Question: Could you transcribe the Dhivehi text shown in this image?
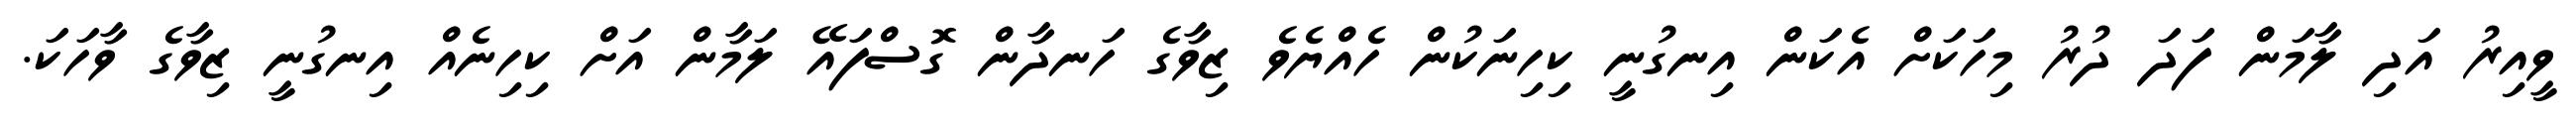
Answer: ވީއިރު އަދި ލާމަން ފަދަ ދުރު މިހަކަށް އެކަން އިނގުނީ ކިހިނަކުން ހެއްޔެވެ ޒިވާގެ ހަނދާން ގޮސްފައޭ ލަމާން އަށް ކިހިނެއް އިނގުނީ ޒިވާގެ ވާހަކަ.